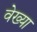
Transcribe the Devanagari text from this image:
वेख्या